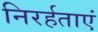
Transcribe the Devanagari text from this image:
निरर्हताएं